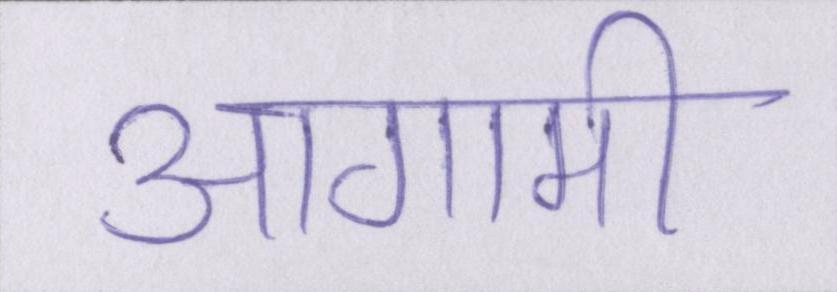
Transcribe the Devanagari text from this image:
आगामी